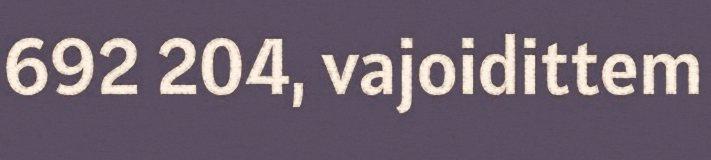
692 204, vajoidittem